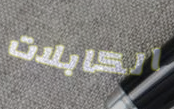
الكابلات